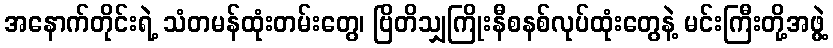
အနောက်တိုင်းရဲ့ သံတမန်ထုံးတမ်းတွေ၊ ဗြိတိသျှကြိုးနီစနစ်လုပ်ထုံးတွေနဲ့ မင်းကြီးတို့အဖွဲ့